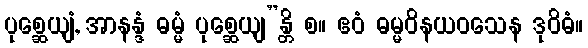
ပုစ္ဆေယျံ, အာနန္ဒံ ဓမ္မံ ပုစ္ဆေယျ”န္တိ စ။ ဧဝံ ဓမ္မဝိနယဝသေန ဒုဝိဓံ။